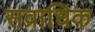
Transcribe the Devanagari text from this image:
सव्राधिक